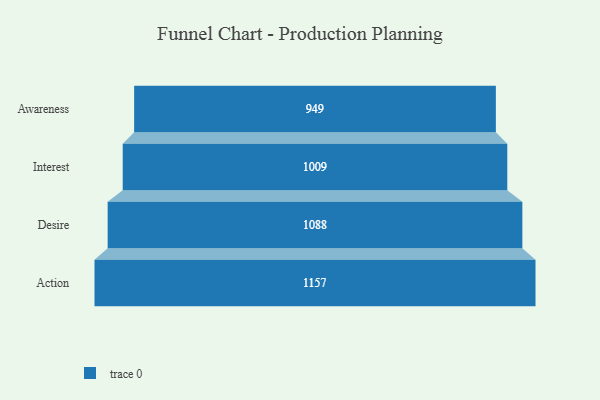
{"axis": {"x": "Stage", "y": "Value"}, "legend": [""], "data": [{"x": "Awareness", "y": 949.0, "type": ""}, {"x": "Interest", "y": 1009.0, "type": ""}, {"x": "Desire", "y": 1088.0, "type": ""}, {"x": "Action", "y": 1157.0, "type": ""}]}